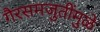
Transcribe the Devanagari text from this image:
गैरसमजुतींमुळे